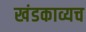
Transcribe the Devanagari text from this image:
खंडकाव्यच